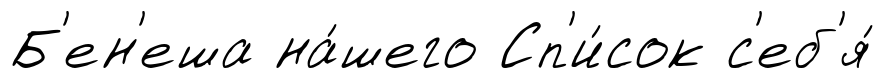
Б'ен'еша на́шего Сп'и́сок с'еб'я́